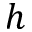
h